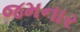
જમનાર